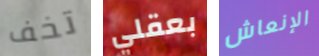
تخف بعقلي الإنعاش